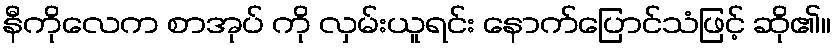
နီကိုလေက စာအုပ် ကို လှမ်းယူရင်း နောက်ပြောင်သံဖြင့် ဆို၏။